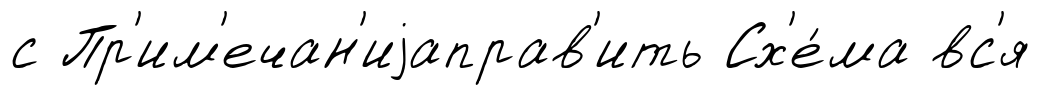
с Пр'им'ечан'иjаправ'ить Сх'е́ма вс'я